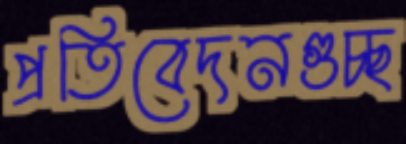
প্রতিবেদনগুচ্ছ